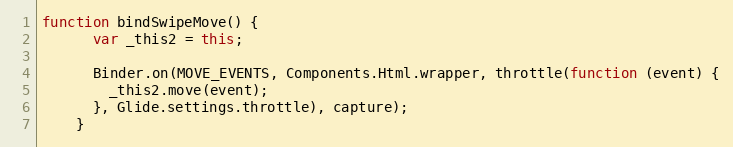
Language: JavaScript
function bindSwipeMove() {
      var _this2 = this;

      Binder.on(MOVE_EVENTS, Components.Html.wrapper, throttle(function (event) {
        _this2.move(event);
      }, Glide.settings.throttle), capture);
    }